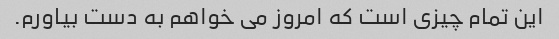
این تمام چیزی است که امروز می خواهم به دست بیاورم.